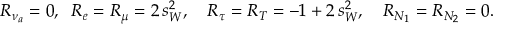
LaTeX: R _ { \nu _ { a } } = 0 , \; \; R _ { e } = R _ { \mu } = 2 \, s _ { W } ^ { 2 } , \quad R _ { \tau } = R _ { T } = - 1 + 2 \, s _ { W } ^ { 2 } , \quad R _ { N _ { 1 } } = R _ { N _ { 2 } } = 0 .